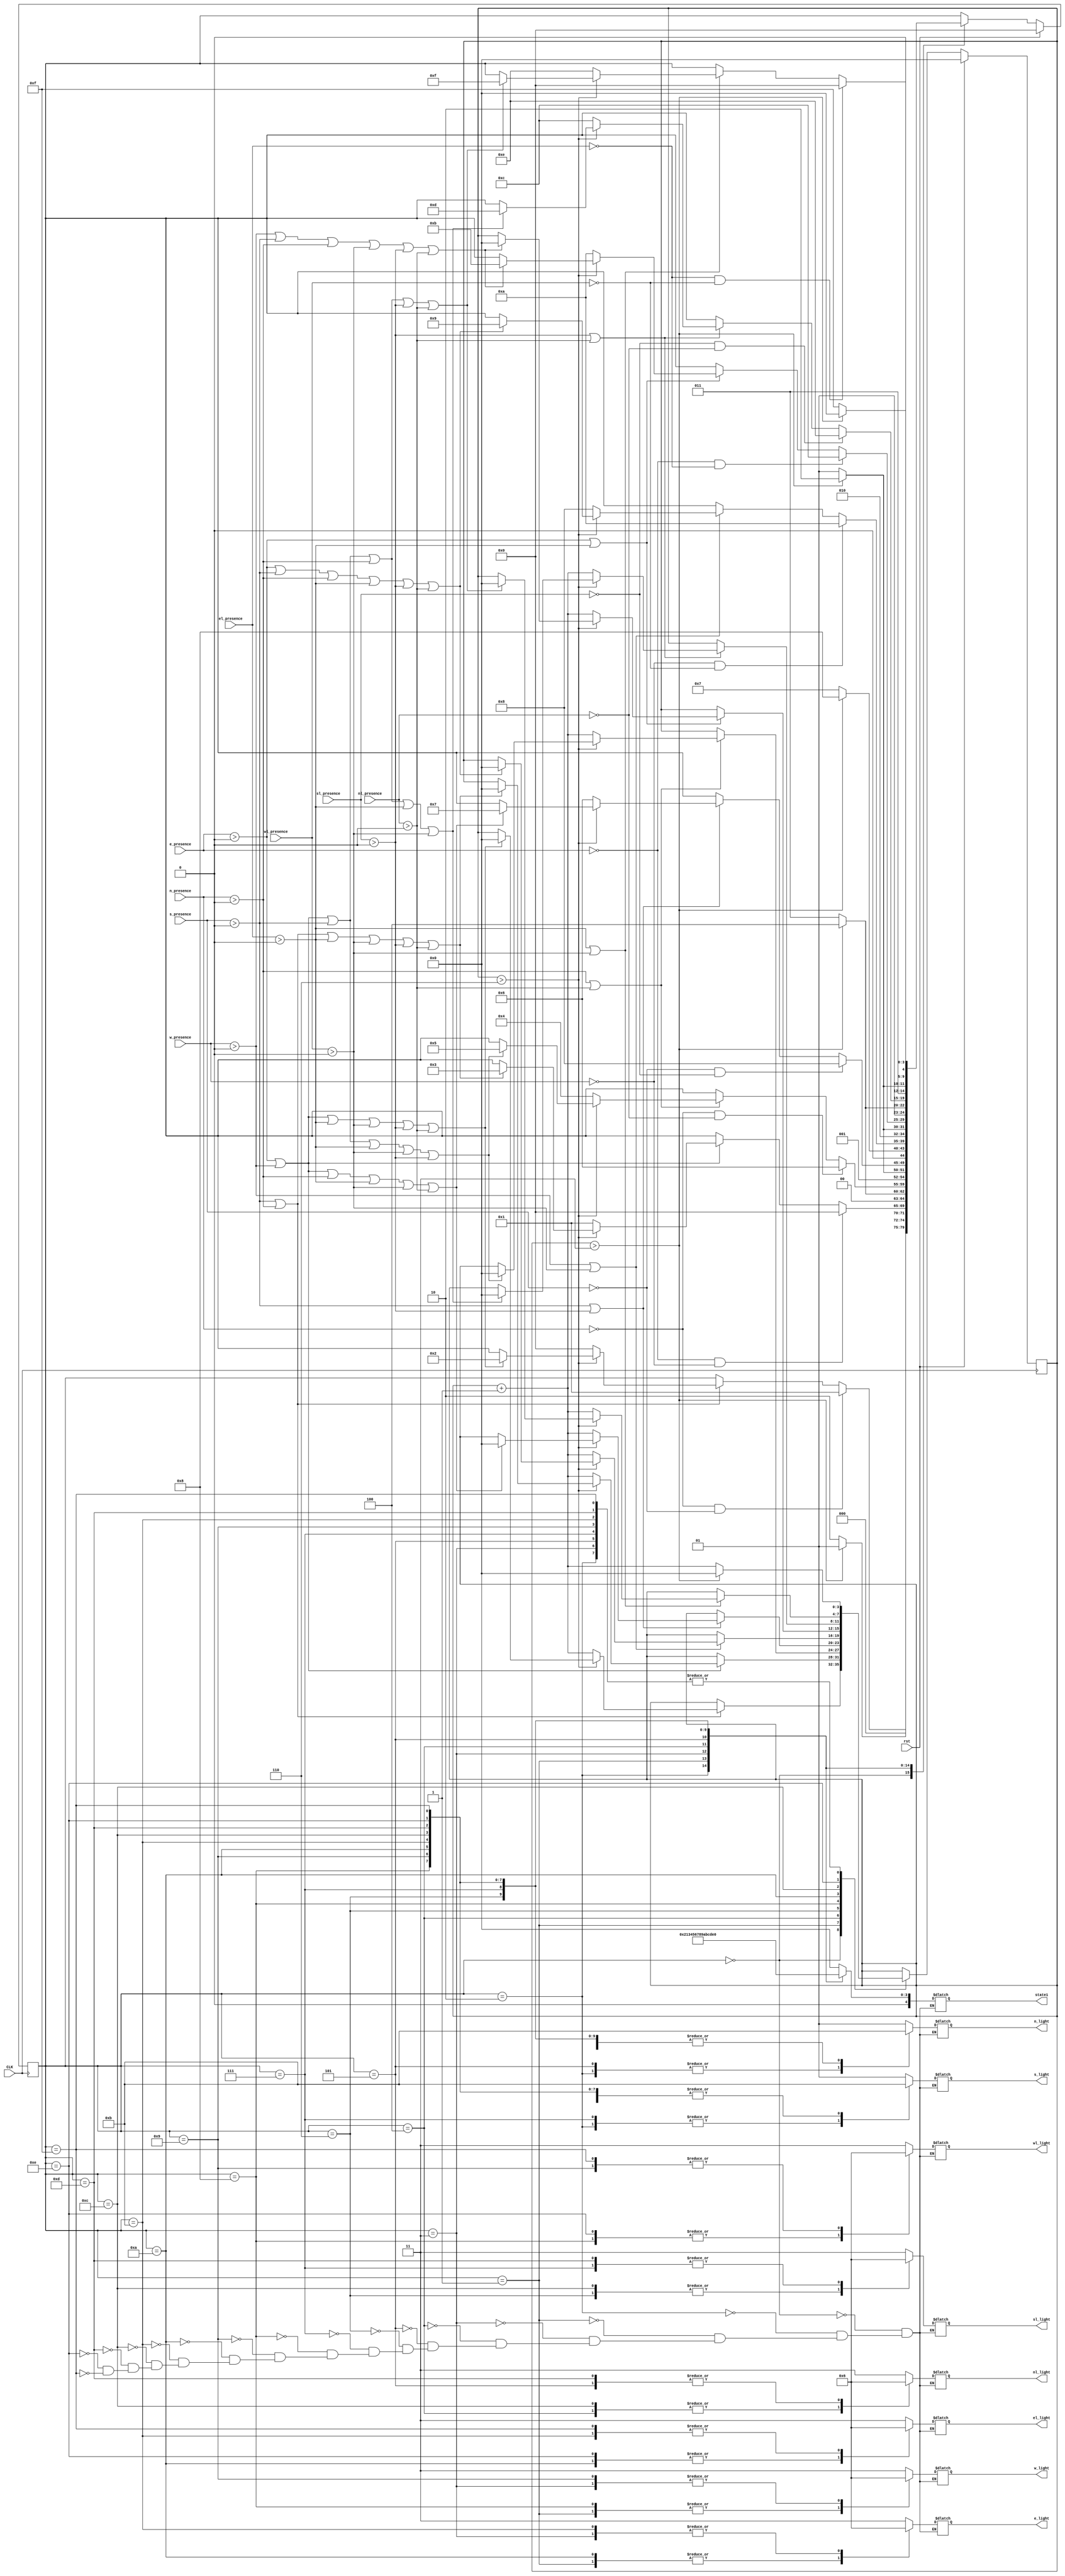
`timescale 1ns / 1ps
//////////////////////////////////////////////////////////////////////////////////
// Company: 
// 
// Design Name: 
// Module Name: traffic_lights
// Project Name: 
// Target Devices: 
// Tool Versions: 
// Description: 
// 
// Dependencies: 
// 
// Revision:
// Revision 0.01 - File Created
// Additional Comments:
// 
//////////////////////////////////////////////////////////////////////////////////

/*
CLK - clock
rst - reset
w_presence - senses if there is a car at the west light
e_presence - senses if there is a car at the east light
n_presence - senses if there is a car at the north light
s_presence - senses if there is a car at the south light
w_light - west traffic light
e_light - east traffic light
s_light - south traffic light
n_light - north traffic light
wl_light - west left traffic light
el_light - east left traffic light
sl_light - south left traffic light
nl_light - north left traffic light

*/
module traffic_lights(input CLK, rst,
w_presence, e_presence, n_presence, s_presence, nl_presence, sl_presence, el_presence, wl_presence,
output reg [1:0] w_light, e_light, s_light, n_light, wl_light, el_light, sl_light, nl_light,
output reg [4:0] state1);
reg [4:0] state; //determines the next state of the traffic lights
parameter [1:0] g = 2'b01; //green
parameter [1:0] y = 2'b10; // yellow
parameter [1:0] r = 2'b11; //red
parameter [4:0] n_s = 5'b00000; //north and south light
parameter [4:0] e_w = 5'b00001; // east and west light
parameter [4:0] n_s_y = 5'b00010;//north and south yellow light
parameter [4:0] e_w_y = 5'b00011;//east and west yellow light
parameter [4:0] n_nl = 5'b00100;//north and north left
parameter [4:0] n_nl_y = 5'b00101;//north and north left yellow
parameter [4:0] s_sl = 5'b00110;//south and south left
parameter [4:0] s_sl_y = 5'b00111;//south and south left yellow
parameter [4:0] w_wl = 5'b01000;//west and west left
parameter [4:0] w_wl_y = 5'b01001;//west and west left yellow
parameter [4:0] e_el = 5'b01010;//east and east left
parameter [4:0] e_el_y = 5'b01011;//east and east left yellow
parameter [4:0] sl_nl = 5'b01100;//south left and north left
parameter [4:0] sl_nl_y = 5'b01101;//south left and north left yellow
parameter [4:0] el_wl = 5'b01110;//east left and west left
parameter [4:0] el_wl_y = 5'b01111;//east left and west left yellow

reg [3:0] time_count;//time counter for how long traffic lights will be on 
always @ (posedge CLK) begin
if(rst==1'b1) begin//if rst is on, state is n_s
state <= n_s;
time_count <= 3'b000;
end
else begin

case(state)
//state for north and south light-green
n_s: begin  
if(n_presence>1'b0 || s_presence>1'b0) begin//check is sensors detect cars in these lanes
if((time_count > 3'b110)) 
begin
if(e_presence> 1'b0 || w_presence> 1'b0  || el_presence> 1'b0 || 
wl_presence> 1'b0 || sl_presence> 1'b0 || nl_presence> 1'b0) begin //check if there are cars in any other lane
time_count <= 3'b000;//set time counter back to zero
state <= n_s_y; // state goes to north and south yellow light
end end
else 
begin 
time_count <= time_count + 3'b001; // increment timer, will be on for at least 4 clock cycles
state <= n_s;//state does not change
end 
end
if(n_presence == 1'b0 && s_presence == 1'b0)
begin
state <= e_w;
end end 

//state for north and south light - yellow
n_s_y: begin
if (time_count > 3'b011) begin
time_count <= 3'b000;//set time counter back to zero
state <= e_w; //state goes to east west light
end
else begin
time_count <= time_count + 3'b001;//increment time count, yellow light last for 3 clock cycles
state <= n_s_y;//state does not change
end end

//state for east and west light-green
e_w: begin 
if(e_presence > 1'b0 || w_presence > 1'b0) begin
if(time_count > 3'b110)
begin
if( s_presence> 1'b0 || n_presence> 1'b0 || el_presence> 1'b0 || 
wl_presence> 1'b0 || sl_presence> 1'b0 || nl_presence> 1'b0) begin
time_count <= 3'b000;//set time counter back to zero
state <= e_w_y; // state goes to east and west yellow light
end end
else begin 
time_count <= time_count + 3'b001; // increment timer, will be on for at least 4 clock cycles
state <= e_w;//state does not change
end 
end
if(e_presence == 1'b0 && w_presence == 1'b0) begin
state <= n_s;
end end 

//state for north and south light - yellow
e_w_y: begin
if (time_count > 3'b011) begin
time_count <= 3'b000;//set time counter back to zero
state <= n_nl; //state goes to north north left light 
end
else begin
time_count <= time_count + 3'b001;//increment time count, yellow light last for 3 clock cycles
state <= e_w_y;//state does not change
end end

//state for north and north left green
n_nl: begin 
if(n_presence > 1'b0 || nl_presence > 1'b0) begin
if(time_count > 3'b110)
begin
if(e_presence> 1'b0 || w_presence> 1'b0 || s_presence> 1'b0 || el_presence> 1'b0 || 
wl_presence> 1'b0 || sl_presence> 1'b0) begin
time_count <= 3'b000;//set time counter back to zero
state <= n_nl_y; // state goes to north north left yellow light
end end
else begin 
time_count <= time_count + 3'b001; // increment timer, will be on for at least 4 clock cycles
state <= n_nl;//state does not change
end 
end
if(n_presence == 1'b0 && nl_presence == 1'b0) begin
state <= s_sl; // go directly to next state skip yellow state
end end 

//state for north north left - yellow
n_nl_y: begin
if (time_count > 3'b011) begin
time_count <= 3'b000;//set time counter back to zero
state <= s_sl; //state goes to south south left 
end
else begin
time_count <= time_count + 3'b001;//increment time count, yellow light last for 3 clock cycles
state <= n_nl_y;//state does not change
end end

//state for south and south left green
s_sl: begin 
if(s_presence > 1'b0 || sl_presence > 1'b0) begin
if(time_count > 3'b110)
begin
if(e_presence> 1'b0 || w_presence> 1'b0 ||  n_presence> 1'b0 || el_presence> 1'b0 || 
wl_presence> 1'b0 || nl_presence> 1'b0) begin
time_count <= 3'b000;//set time counter back to zero
state <= s_sl_y; // state goes to south south left yellow light
end end
else begin 
time_count <= time_count + 3'b001; // increment timer, will be on for at least 4 clock cycles
state <= s_sl;//state does not change
end 
end
if(s_presence == 1'b0 && sl_presence == 1'b0) begin
state <= w_wl; // go directly to next state skip yellow state
end end 

//state for south south left - yellow
s_sl_y: begin
if (time_count > 3'b011) begin
time_count <= 3'b000;//set time counter back to zero
state <= w_wl; //state goes to west west left 
end
else begin
time_count <= time_count + 3'b001;//increment time count, yellow light last for 3 clock cycles
state <= s_sl_y;//state does not change
end end

//state for west and west left green
w_wl: begin 
if(w_presence > 1'b0 || wl_presence > 1'b0) begin
if(time_count > 3'b110)
begin
if(e_presence> 1'b0 ||  s_presence> 1'b0 || n_presence> 1'b0 || el_presence> 1'b0 || 
 sl_presence> 1'b0 || nl_presence> 1'b0) begin
time_count <= 3'b000;//set time counter back to zero
state <= w_wl_y; // state goes to west west left yellow light
end end
else begin 
time_count <= time_count + 3'b001; // increment timer, will be on for at least 4 clock cycles
state <= w_wl;//state does not change
end 
end
if(w_presence == 1'b0 && wl_presence == 1'b0) begin
state <= e_el; // go directly to next state skip yellow state
end end 

//state for west west left - yellow
w_wl_y: begin
if (time_count > 3'b011) begin
time_count <= 3'b000;//set time counter back to zero
state <= e_el; //state goes to east east left 
end
else begin
time_count <= time_count + 3'b001;//increment time count, yellow light last for 3 clock cycles
state <= w_wl_y;//state does not change
end end

//state for east and east left green
e_el: begin 
if(e_presence > 1'b0 || el_presence > 1'b0) begin
if(time_count > 3'b110)
begin
if( w_presence> 1'b0 || s_presence> 1'b0 || n_presence> 1'b0 ||  
wl_presence> 1'b0 || sl_presence> 1'b0 || nl_presence> 1'b0) begin
time_count <= 3'b000;//set time counter back to zero
state <= e_el_y; // state goes to east east left yellow light
end end
else begin 
time_count <= time_count + 3'b001; // increment timer, will be on for at least 4 clock cycles
state <= e_el;//state does not change
end 
end
if(e_presence == 1'b0 && el_presence == 1'b0) begin
state <= sl_nl; // go directly to next state skip yellow state
end end

//state for east east left - yellow
e_el_y: begin
if (time_count > 3'b011) begin
time_count <= 3'b000;//set time counter back to zero
state <= sl_nl; //state goes to south left north left
end
else begin
time_count <= time_count + 3'b001;//increment time count, yellow light last for 3 clock cycles
state <= e_el_y;//state does not change
end end

//state for south left and north left green
sl_nl: begin 
if(sl_presence > 1'b0 || nl_presence > 1'b0) begin
if(time_count > 3'b110)
begin
if(e_presence> 1'b0 || w_presence> 1'b0 || s_presence> 1'b0 || n_presence> 1'b0 || el_presence> 1'b0 || 
wl_presence> 1'b0) begin
time_count <= 3'b000;//set time counter back to zero
state <= sl_nl_y; // state goes to south left north left yellow light
end end
else begin 
time_count <= time_count + 3'b001; // increment timer, will be on for at least 4 clock cycles
state <= sl_nl;//state does not change
end 
end
if(sl_presence == 1'b0 && nl_presence == 1'b0) begin
state <= el_wl; // go directly to next state skip yellow state
end end 

//state for south left and north left - yellow
sl_nl_y: begin
if (time_count > 3'b011) begin
time_count <= 3'b000;//set time counter back to zero
state <= el_wl; //state goes to east left west left
end
else begin
time_count <= time_count + 3'b001;//increment time count, yellow light last for 3 clock cycles
state <= sl_nl_y;//state does not change
end end

//state for east left and west left green
el_wl: begin 
if(el_presence > 1'b0 || wl_presence > 1'b0) begin
if(time_count > 3'b110)
begin
if(e_presence> 1'b0 || w_presence> 1'b0 || s_presence> 1'b0 || n_presence> 1'b0 || sl_presence> 1'b0 || nl_presence> 1'b0) begin
time_count <= 3'b000;//set time counter back to zero
state <= el_wl_y; // state goes to east left west left yellow light
end end
else begin 
time_count <= time_count + 3'b001; // increment timer, will be on for at least 4 clock cycles
state <= el_wl;//state does not change
end 
end
if(el_presence == 1'b0 && wl_presence == 1'b0) begin
state <= n_s; // go directly to next state skip yellow state
end end 

//state for east left and west left - yellow
el_wl_y: begin
if (time_count > 3'b011) begin
time_count <= 3'b000;//set time counter back to zero
state <= n_s; //state goes to north south
end
else begin
time_count <= time_count + 3'b001;//increment time count, yellow light last for 3 clock cycles
state <= el_wl_y;//state does not change
end end

endcase
end end


always @(state) begin //always block with states, will describe light color
case(state) 

/*
In each state, we set state1 to what the current state is and set the lights to what they are according the the state
*/
n_s: begin//north and south light is green
state1 = n_s;
n_light = g;
s_light = g;
e_light = r;
w_light = r;

nl_light = r;
sl_light = r;
el_light = r;
wl_light = r;
end 

n_s_y:begin//north and south light is yellow
state1 = n_s_y;
n_light = y;
s_light = y;
e_light = r;
w_light = r;

nl_light = r;
sl_light = r;
el_light = r;
wl_light = r;
end

e_w:begin //east and west light is green
state1 = e_w;
n_light = r;
s_light = r;
e_light = g;
w_light = g;

nl_light = r;
sl_light = r;
el_light = r;
wl_light = r;
end

e_w_y: begin//east and west ligh is yellow
state1 = e_w_y;
n_light = r;
s_light = r;
e_light = y;
w_light = y;

nl_light = r;
sl_light = r;
el_light = r;
wl_light = r;
end

n_nl: begin //north and north left
state1 = n_nl;
n_light = g;
s_light = r;
e_light = r;
w_light = r;

nl_light = g;
sl_light = r;
el_light = r;
wl_light = r;
end

n_nl_y: begin // north and north left yellow
state1 = n_nl_y;
n_light = y;
s_light = r;
e_light = r;
w_light = r;

nl_light = y;
sl_light = r;
el_light = r;
wl_light = r;
end

s_sl: begin // south and south left
state1 = s_sl;
n_light = r;
s_light = g;
e_light = r;
w_light = r;

nl_light = r;
sl_light = g;
el_light = r;
wl_light = r;
end

s_sl_y: begin // south and south left yellow
state1 = s_sl_y;
n_light = r;
s_light = y;
e_light = r;
w_light = r;

nl_light = r;
sl_light = y;
el_light = r;
wl_light = r;
end

w_wl: begin // west and west left 
state1 = w_wl;
n_light = r;
s_light = r;
e_light = r;
w_light = g;

nl_light = r;
sl_light = r;
el_light = r;
wl_light = g;
end

w_wl_y: begin // west and west left yellow
state1 = w_wl_y;
n_light = r;
s_light = r;
e_light = r;
w_light = y;

nl_light = r;
sl_light = r;
el_light = r;
wl_light = y;
end

e_el: begin // east and east left
state1 = e_el;
n_light = r;
s_light = r;
e_light = g;
w_light = r;

nl_light = r;
sl_light = r;
el_light = g;
wl_light = r;
end

e_el_y:begin // east and east left yellow
state1 = e_el_y;
n_light = r;
s_light = r;
e_light = y;
w_light = r;

nl_light = r;
sl_light = r;
el_light = y;
wl_light = r;
end

sl_nl: begin// south left and north left
state1 = sl_nl;
n_light = r;
s_light = r;
e_light = r;
w_light = r;

nl_light = g;
sl_light = g;
el_light = r;
wl_light = r;
end

sl_nl_y: begin// south left and north left yellow
state1 = sl_nl_y;
n_light = r;
s_light = r;
e_light = r;
w_light = r;

nl_light = y;
sl_light = y;
el_light = r;
wl_light = r;
end

el_wl: begin // west left and east left
state1 = el_wl;
n_light = r;
s_light = r;
e_light = r;
w_light = r;

nl_light = r;
sl_light = r;
el_light = g;
wl_light = g;
end

el_wl_y:begin // west left and east left yellow
state1 = el_wl_y;
n_light = r;
s_light = r;
e_light = r;
w_light = r;

nl_light = r;
sl_light = r;
el_light = y;
wl_light = y;
end

endcase
end
endmodule